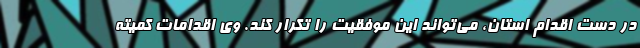
در دست اقدام استان، می‌تواند این موفقیت را تکرار کند. وی اقدامات کمیته